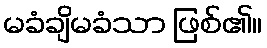
မခံချိမခံသာ ဖြစ်၏။